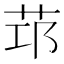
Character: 𦭭